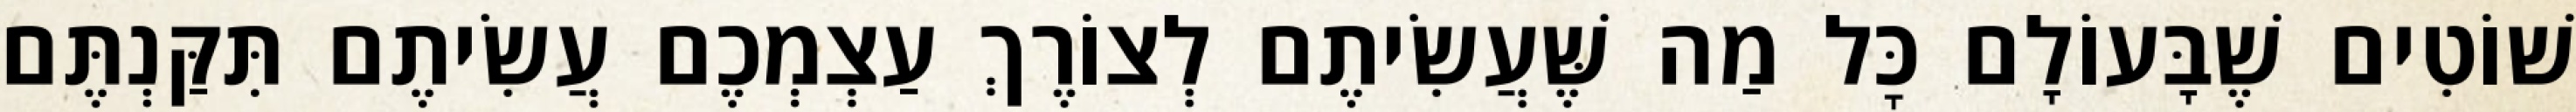
שׁוֹטִים שֶׁבָּעוֹלָם כׇּל מַה שֶּׁעֲשִׂיתֶם לְצוֹרֶךְ עַצְמְכֶם עֲשִׂיתֶם תִּקַּנְתֶּם